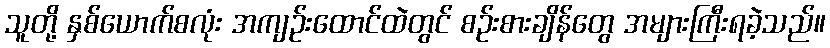
သူတို့ နှစ်ယောက်စလုံး အကျဉ်းထောင်ထဲတွင် စဉ်းစားချိန်တွေ အများကြီးရခဲ့သည်။